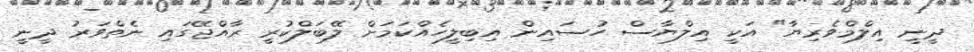
ދީނީ އިލްމްވެރިޔާ" އަކީ އިލްޔާސް ހުސައިން އިބިލީހެއްކަމަށް ލޭބަލްކުރީ ރާއްޖޭގައި ނެތްވަރު ދީނީ